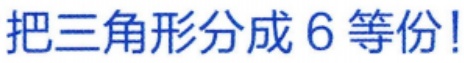
把三角形分成 6 等份!